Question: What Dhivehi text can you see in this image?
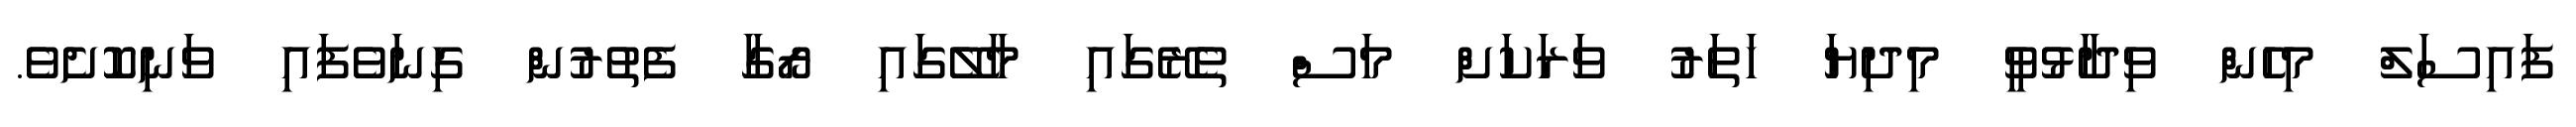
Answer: ފައިސަލް މިހެން ވިދާޅުވީ މިދިޔަ ހަތަރު ވަރަކަށް މަސް ތެރޭގައި މާލޭގައި ރޯގާ ފެތުރުން ގިނަވެފައި ވަނިކޮށެވެ.